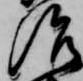
治